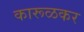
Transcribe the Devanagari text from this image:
कारूळकर